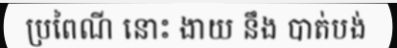
ប្រពៃណី នោះ ងាយ នឹង បាត់បង់